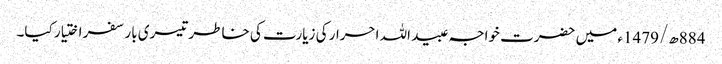
884ھ/1479ء میں حضرت خواجہ عبید اللہ احرار کی زیارت کی خاطر تیسری بار سفر اختیار کیا۔